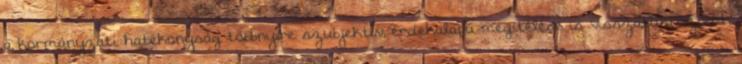
a kormányzati hatékonyság többnyire szubjektív, érdekalapú megítélése is visszatükröződik